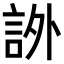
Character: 𧦨